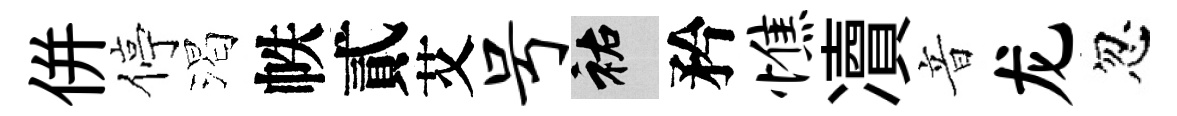
併停渴帙貳艾号祐矜憔凟音龙忽